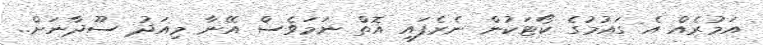
އަމުރެއް އެ ގައުމުގެ ކޯޓަކުން ނެރެފައި އޮތް ނަަމަވެސް އޭނާ މިއަދު ސޫދާނަށް..